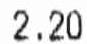
2.20